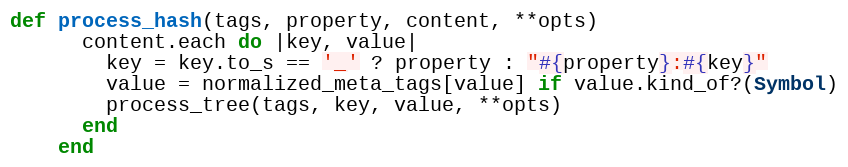
Language: Ruby
def process_hash(tags, property, content, **opts)
      content.each do |key, value|
        key = key.to_s == '_' ? property : "#{property}:#{key}"
        value = normalized_meta_tags[value] if value.kind_of?(Symbol)
        process_tree(tags, key, value, **opts)
      end
    end